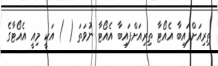
ތިރިއަށްފައިބާ އެއޯޓާ ތިރިއަށްފައިބާ އެއޯޓާ ނުވަތަ ( ) އަކީ މިއީ އެއޯޓާގެ